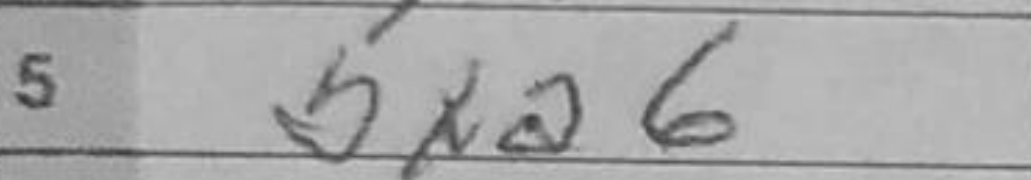
Transcription: bxa6